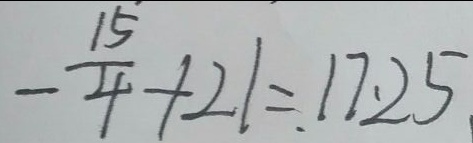
- \frac { 1 5 } { 4 } + 2 1 = 1 7 . 2 5 .